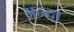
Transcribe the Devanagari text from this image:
अन्द।